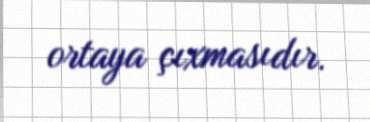
ortaya çıxmasıdır.